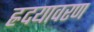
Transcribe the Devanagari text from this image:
ह्रदयावरण